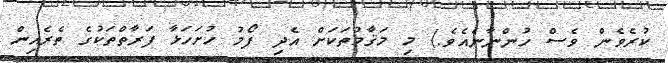
ކުރެވެން ވެސް ހުންނާނެއެވެ.) މި މަޤާމުތަކަށް އެދި ފޯމު ހުށަހަޅާ ފަރާތްތަކުގެ ތެރެއިން